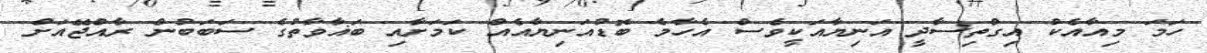
ހަމަ މިއާއެކު އިގްތިސާދީ އަނިޔާއަކީވެސް އެހާމެ ބޮޑުއަނިޔާއެއް ކަމަށާއި ބަޣާވާތުގެ ސަބަބުން ރާއްޖޭއަށް